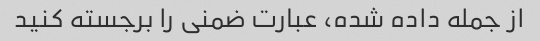
از جمله داده شده، عبارت ضمنی را برجسته کنید